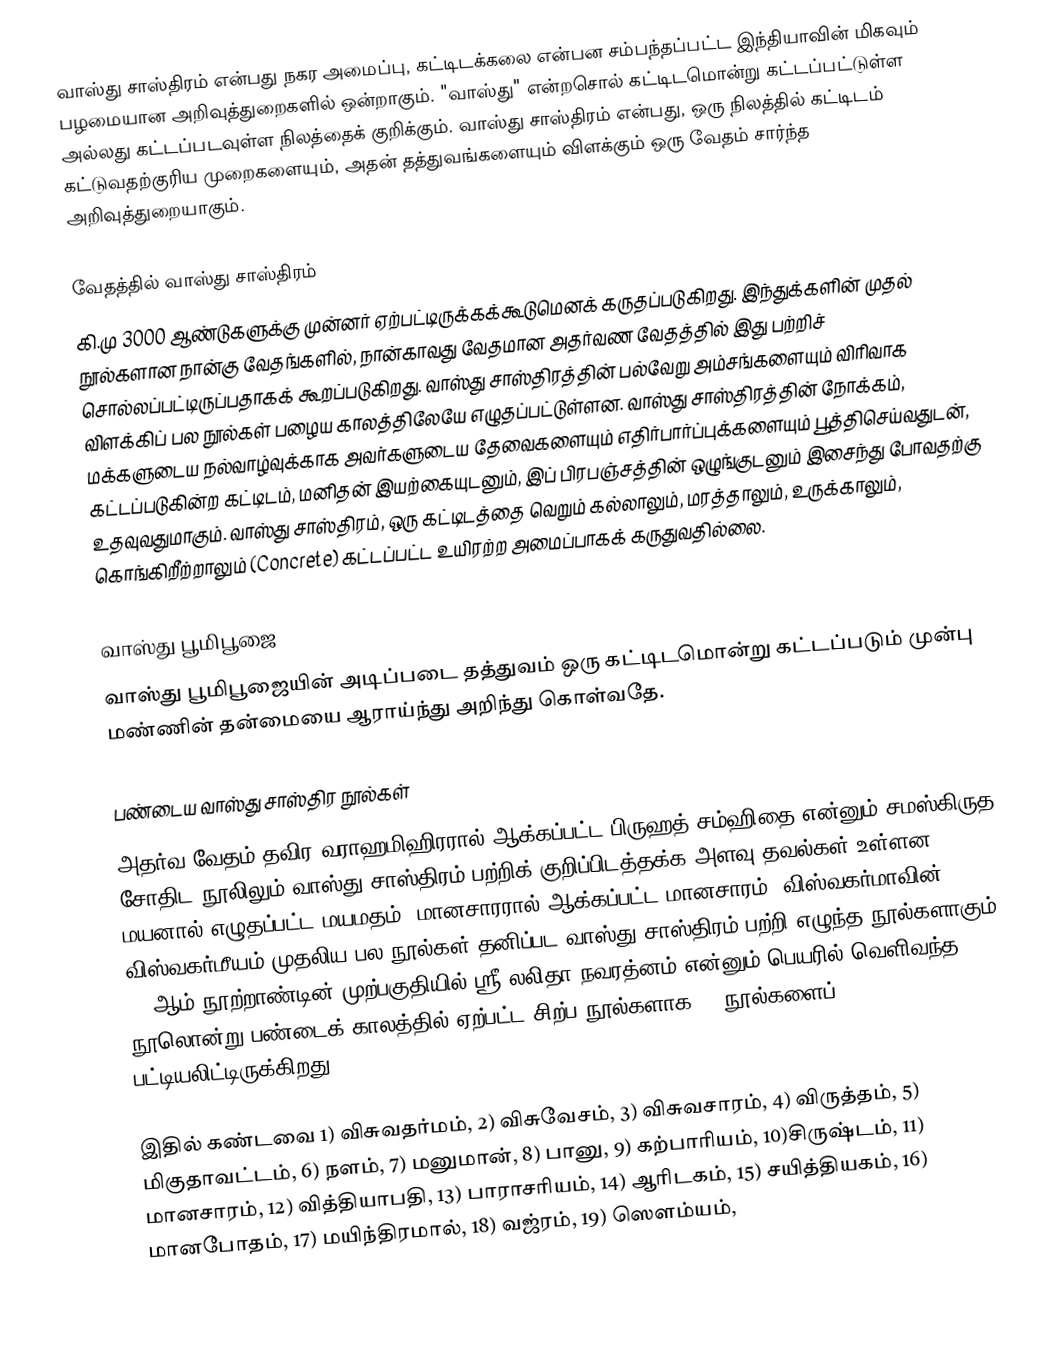
வாஸ்து சாஸ்திரம் என்பது நகர அமைப்பு, கட்டிடக்கலை என்பன சம்பந்தப்பட்ட இந்தியாவின் மிகவும் பழமையான அறிவுத்துறைகளில் ஒன்றாகும். "வாஸ்து" என்றசொல் கட்டிடமொன்று கட்டப்பட்டுள்ள அல்லது கட்டப்படவுள்ள நிலத்தைக் குறிக்கும். வாஸ்து சாஸ்திரம் என்பது, ஒரு நிலத்தில் கட்டிடம் கட்டுவதற்குரிய முறைகளையும், அதன் தத்துவங்களையும் விளக்கும் ஒரு வேதம் சார்ந்த அறிவுத்துறையாகும்.

வேதத்தில் வாஸ்து சாஸ்திரம்
கி.மு 3000 ஆண்டுகளுக்கு முன்னர் ஏற்பட்டிருக்கக்கூடுமெனக் கருதப்படுகிறது. இந்துக்களின் முதல் நூல்களான நான்கு வேதங்களில், நான்காவது வேதமான அதர்வண வேதத்தில் இது பற்றிச் சொல்லப்பட்டிருப்பதாகக் கூறப்படுகிறது. வாஸ்து சாஸ்திரத்தின் பல்வேறு அம்சங்களையும் விரிவாக விளக்கிப் பல நூல்கள் பழைய காலத்திலேயே எழுதப்பட்டுள்ளன. வாஸ்து சாஸ்திரத்தின் நோக்கம், மக்களுடைய நல்வாழ்வுக்காக அவர்களுடைய தேவைகளையும் எதிர்பார்ப்புக்களையும் பூத்திசெய்வதுடன், கட்டப்படுகின்ற கட்டிடம், மனிதன் இயற்கையுடனும், இப் பிரபஞ்சத்தின் ஒழுங்குடனும் இசைந்து போவதற்கு உதவுவதுமாகும். வாஸ்து சாஸ்திரம், ஒரு கட்டிடத்தை வெறும் கல்லாலும், மரத்தாலும், உருக்காலும், கொங்கிறீற்றாலும் (Concrete) கட்டப்பட்ட உயிரற்ற அமைப்பாகக் கருதுவதில்லை.

வாஸ்து பூமிபூஜை
வாஸ்து பூமிபூஜையின் அடிப்படை தத்துவம்  ஒரு கட்டிடமொன்று கட்டப்படும் முன்பு  மண்ணின் தன்மையை  ஆராய்ந்து அறிந்து கொள்வதே.

பண்டைய வாஸ்து சாஸ்திர நூல்கள்
அதர்வ வேதம் தவிர வராஹமிஹிரரால் ஆக்கப்பட்ட பிருஹத் சம்ஹிதை என்னும் சமஸ்கிருத சோதிட நூலிலும் வாஸ்து சாஸ்திரம் பற்றிக் குறிப்பிடத்தக்க அளவு தவல்கள் உள்ளன. மயனால் எழுதப்பட்ட மயமதம், மானசாரரால் ஆக்கப்பட்ட மானசாரம், விஸ்வகர்மாவின் விஸ்வகர்மீயம் முதலிய பல நூல்கள் தனிப்பட வாஸ்து சாஸ்திரம் பற்றி எழுந்த நூல்களாகும். 20 ஆம் நூற்றாண்டின் முற்பகுதியில் ஸ்ரீ லலிதா நவரத்னம் என்னும் பெயரில் வெளிவந்த நூலொன்று பண்டைக் காலத்தில் ஏற்பட்ட சிற்ப நூல்களாக 32 நூல்களைப் பட்டியலிட்டிருக்கிறது.

இதில் கண்டவை 1) விசுவதர்மம், 2) விசுவேசம், 3) விசுவசாரம், 4) விருத்தம், 5) மிகுதாவட்டம், 6) நளம், 7) மனுமான், 8) பானு, 9) கற்பாரியம், 10)சிருஷ்டம், 11) மானசாரம், 12) வித்தியாபதி, 13) பாராசரியம், 14) ஆரிடகம், 15) சயித்தியகம், 16) மானபோதம், 17) மயிந்திரமால், 18) வஜ்ரம், 19) ஸௌம்யம்,